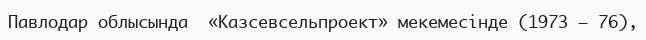
Павлодар облысында  «Казсевсельпроект» мекемесінде (1973 – 76),